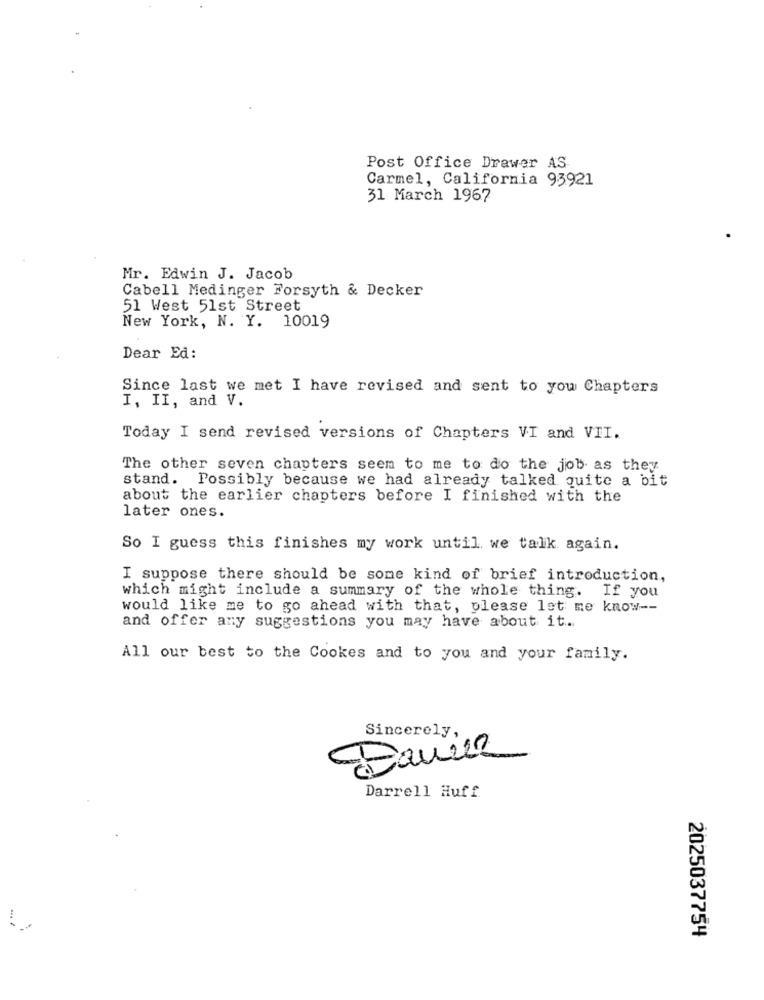
Post Office Drawer AS
Carmel, California 93921
31 March 1967
Mr. Edwin J. Jacob
Cabell Medinger Forsyth & Decker
51 West 51st Street
New York, N. Y. 10019
Dear Ed:
Since last we met I have revised and sent to you Chapters
I, II, and V.
Today I send revised versions of Chapters VI and VII.
The other seven chapters seem to me to do the job as they
stand. Possibly because we had already talked quite a bit
about the earlier chapters before I finished with the
later ones.
So I guess this finishes my work until we talk again.
I suppose there should be some kind of brief introduction,
which might include a summary of the whole thing. If you
would like me to go ahead with that, please let me know --
and offer any suggestions you may have about it ...
All our best to the Cookes and to you and your family.
Sincerely,
Darrell Huff
-/
2025037754